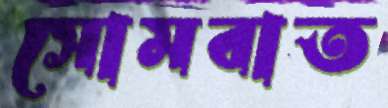
সোমবাত